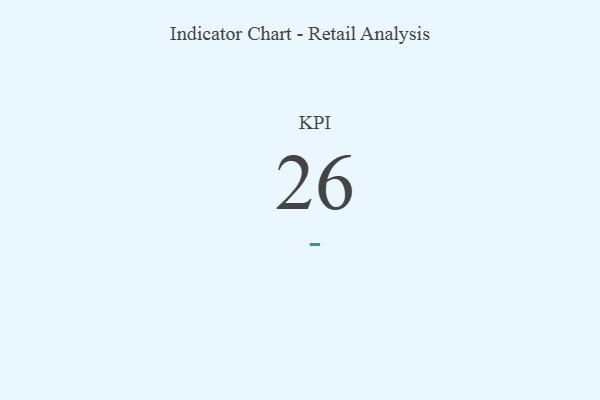
{"axis": {"x": "KPI", "y": "Value"}, "legend": [""], "data": [{"x": "KPI", "y": 26, "type": ""}]}